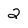
Character: 2